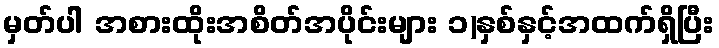
မှတ်ပါ အစားထိုးအစိတ်အပိုင်းများ ၁)နှစ်နှင့်အထက်ရှိပြီး